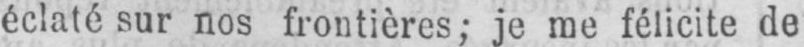
éclaté sur nos frontières; je me félicite de